Report on the lunatic asylums under the Government of Bombay - 1904-1913
Year: 1904
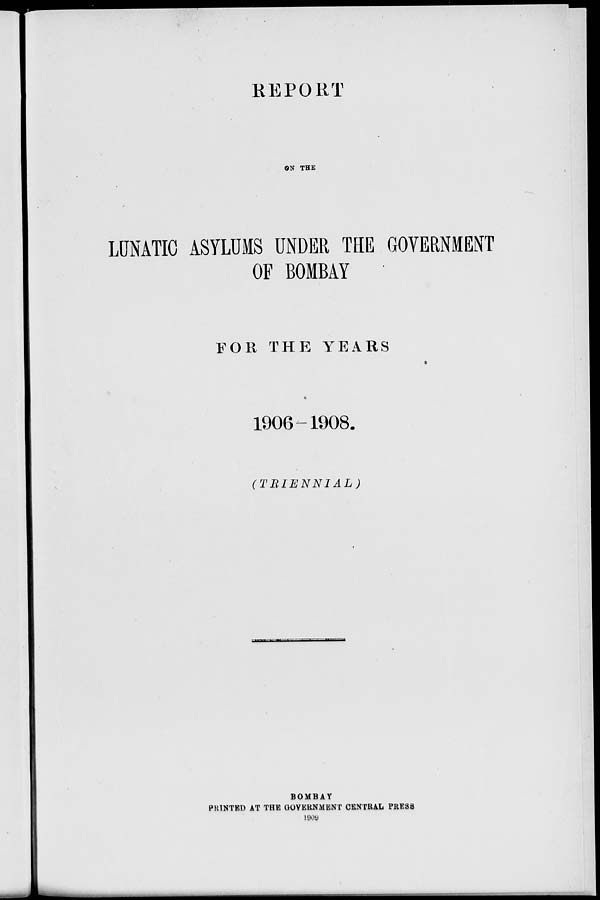
REPORT
ON THE
LUNATIC ASYLUMS UNDER THE GOVERNMENT
OF BOMBAY
FOR THE YEARS
1906 -1908.
( TRIENNIAL )
BOMBAY
PRINTED AT THE GOVERNMENT CENTRAL PRESS
1909